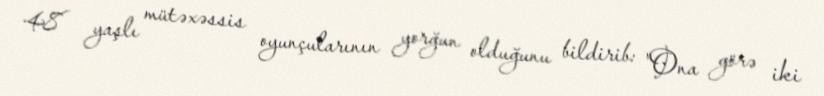
48 yaşlı mütəxəssis oyunçularının yorğun olduğunu bildirib: "Ona görə iki